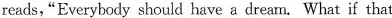
reads,"Everybody should have a dream. What if that